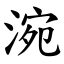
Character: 涴